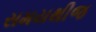
સમયથીજ